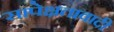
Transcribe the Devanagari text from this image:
सापेक्षतावादी